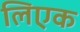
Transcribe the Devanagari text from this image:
लिएक